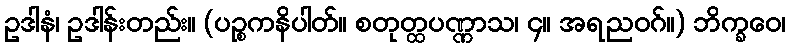
ဥဒါနံ၊ ဥဒါန်းတည်း။ (ပဉ္စကနိပါတ်။ စတုတ္ထပဏ္ဏာသ၊ ၄။ အရညဝဂ်။) ဘိက္ခဝေ၊